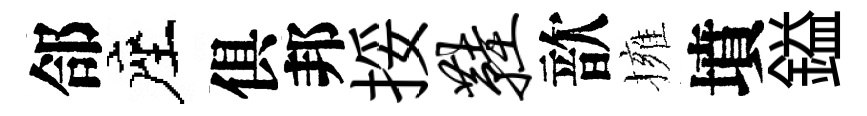
郃座俱邦挼鞋歆擁墳鎰